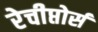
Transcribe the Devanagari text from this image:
रेचीप्तोर्स